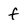
Character: f